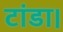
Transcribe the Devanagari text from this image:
टांडा।